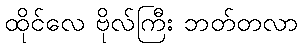
ထိုင်လေ ဗိုလ်ကြီး ဘတ်တလာ